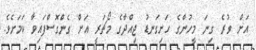
އަށް ވުރެ ގިނަ މީހުންގެ ހަށިގަނޑު ޖިއްދާގެ މޯޗަރީ އަށް ގެންގޮސްފައިވާ ކަމަށެވެ.